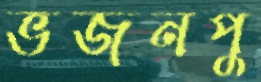
ভজনপু